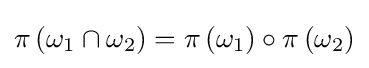
\pi \left(\omega _{1}\cap \omega _{2}\right)=\pi \left(\omega _{1}\right)\circ \pi \left(\omega _{2}\right)